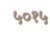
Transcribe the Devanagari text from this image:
५०१५